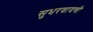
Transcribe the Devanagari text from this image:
सुधरवायची